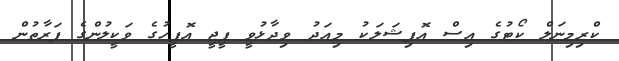
ކްރިމިނަލް ކޯޓުގެ އިސް އޮފިޝަލަކު މިއަދު ވިދާޅުވީ ޕީޖީ އޮފީހުގެ ވަކީލުންގެ ފަރާތުން